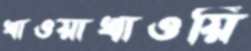
খাওয়াখাওয়ি